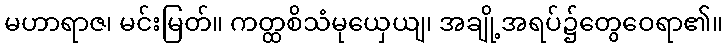
မဟာရာဇ၊ မင်းမြတ်။ ကတ္ထစိသံမုယှေယျ၊ အချို့အရပ်၌တွေဝေရာ၏။